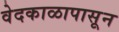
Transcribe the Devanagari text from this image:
वेदकाळापासून